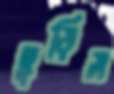
ছুড়িস